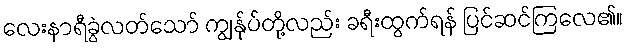
လေးနာရီခွဲလတ်သော် ကျွန်ုပ်တို့လည်း ခရီးထွက်ရန် ပြင်ဆင်ကြလေ၏။